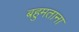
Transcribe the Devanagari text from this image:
बहुमताना